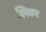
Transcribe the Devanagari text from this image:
स्पिकर